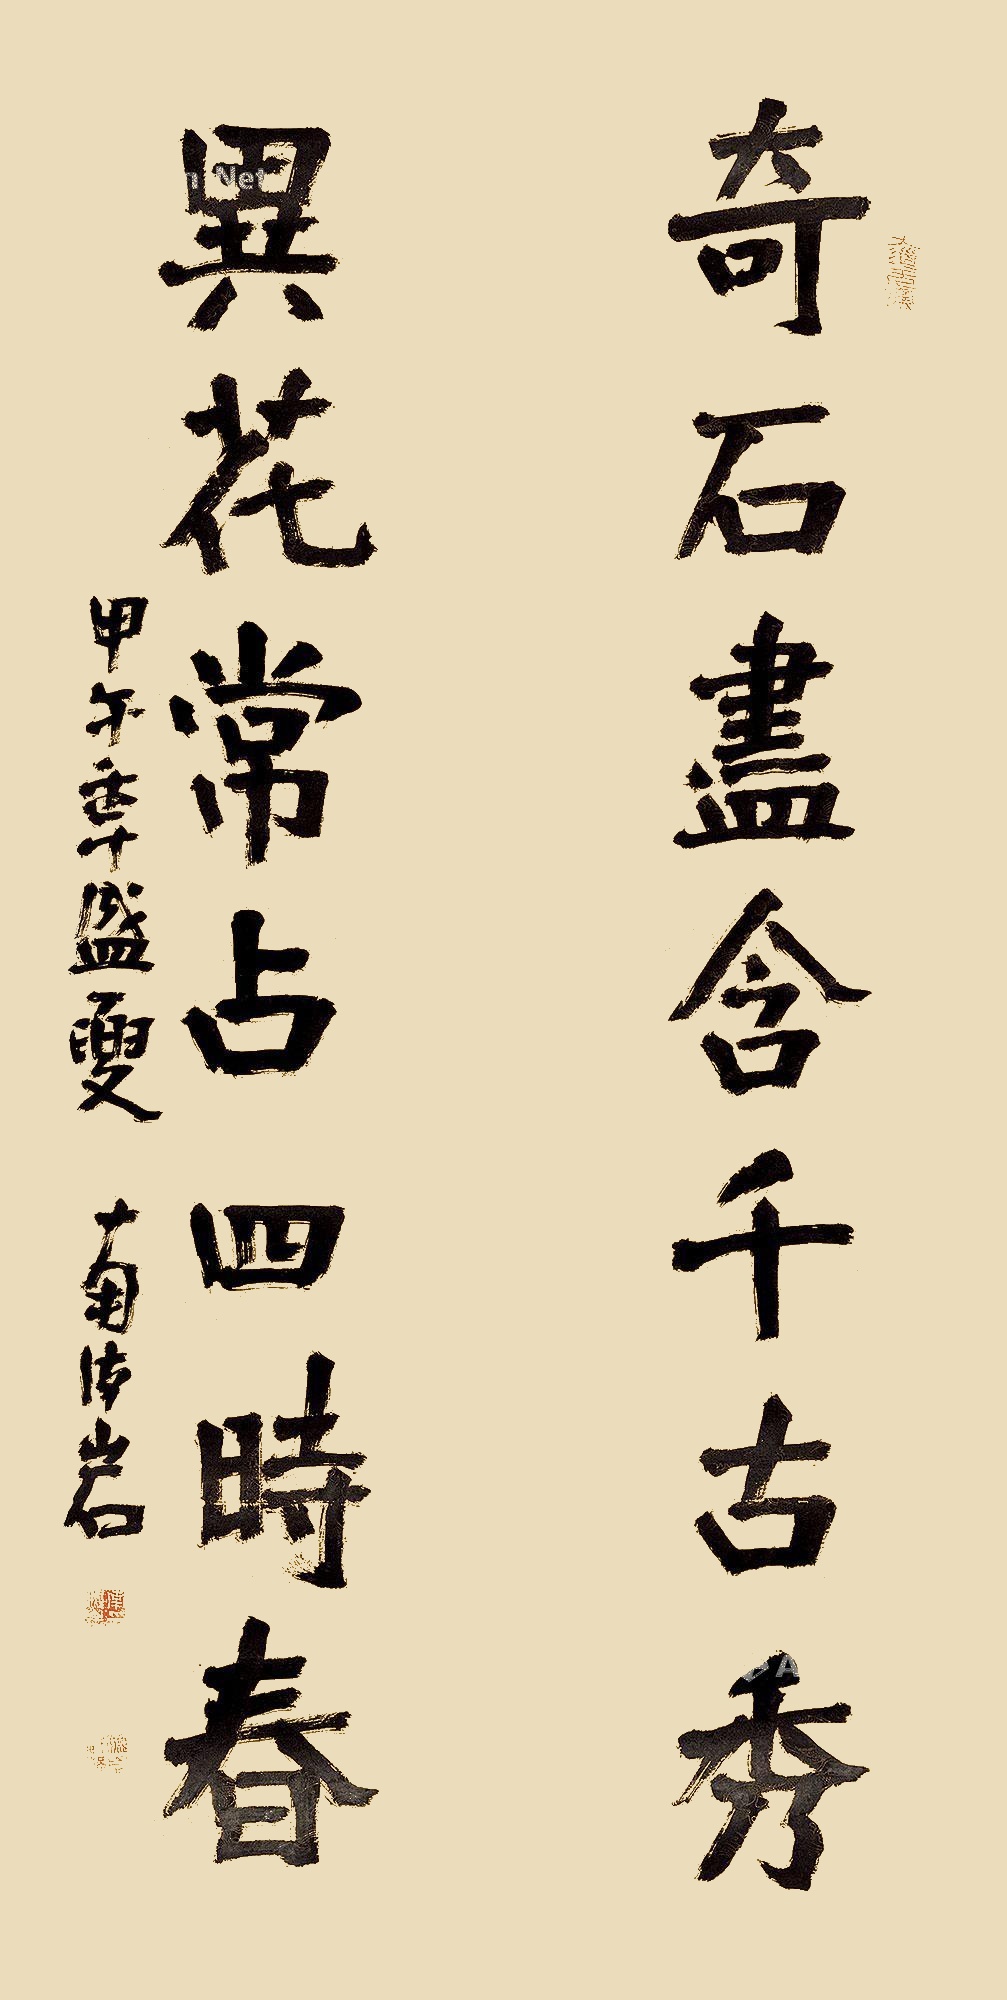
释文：奇石尽含千古秀，异花常占四时春。甲午年盛夏，南海岩。